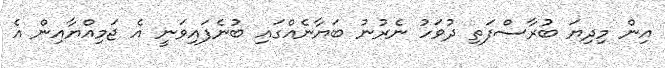
އިން މިދިޔަ ބުރާސްފަތި ދުވަހު ނެރުނު ބަޔާނެއްގައި ބުނެފައިވަނީ އެ ޖަމިއްޔާއިން އެ